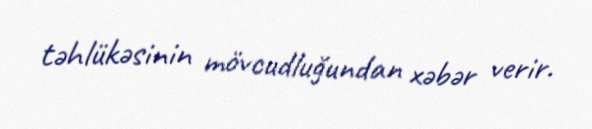
təhlükəsinin mövcudluğundan xəbər verir.